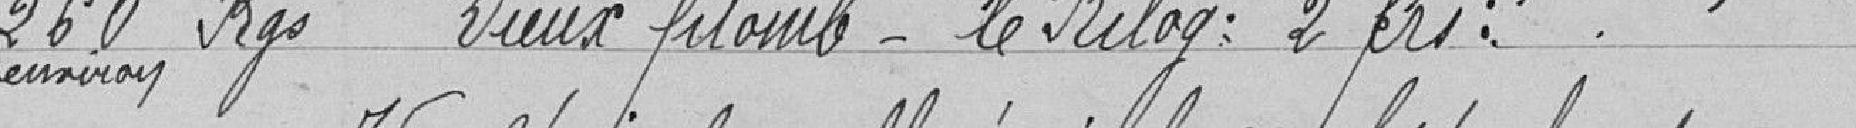
260 kilogrammes Vieux plomb - le kilogramme : 2 francs